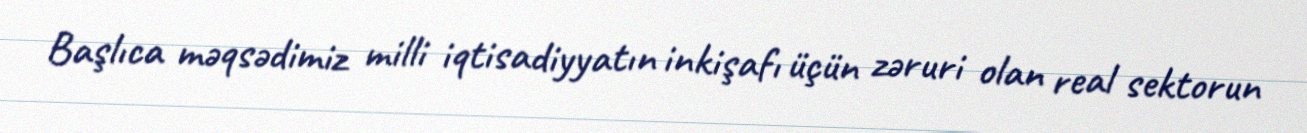
Başlıca məqsədimiz milli iqtisadiyyatın inkişafı üçün zəruri olan real sektorun